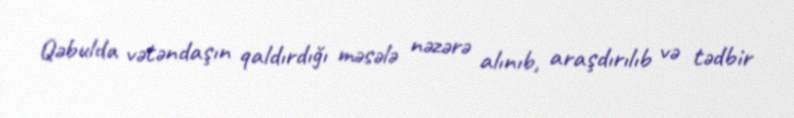
Qəbulda vətəndaşın qaldırdığı məsələ nəzərə alınıb, araşdırılıb və tədbir